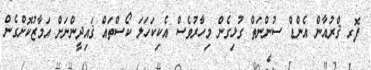
ފޮރ ޤްރުއާން އެންޑް ސުންނަތް ގުޅިގެން މިހާރުވެސް އެކިކަހަލަ ކޯސްތައް ޤައިދީންނަށް އަމާޒުކޮށްގެން